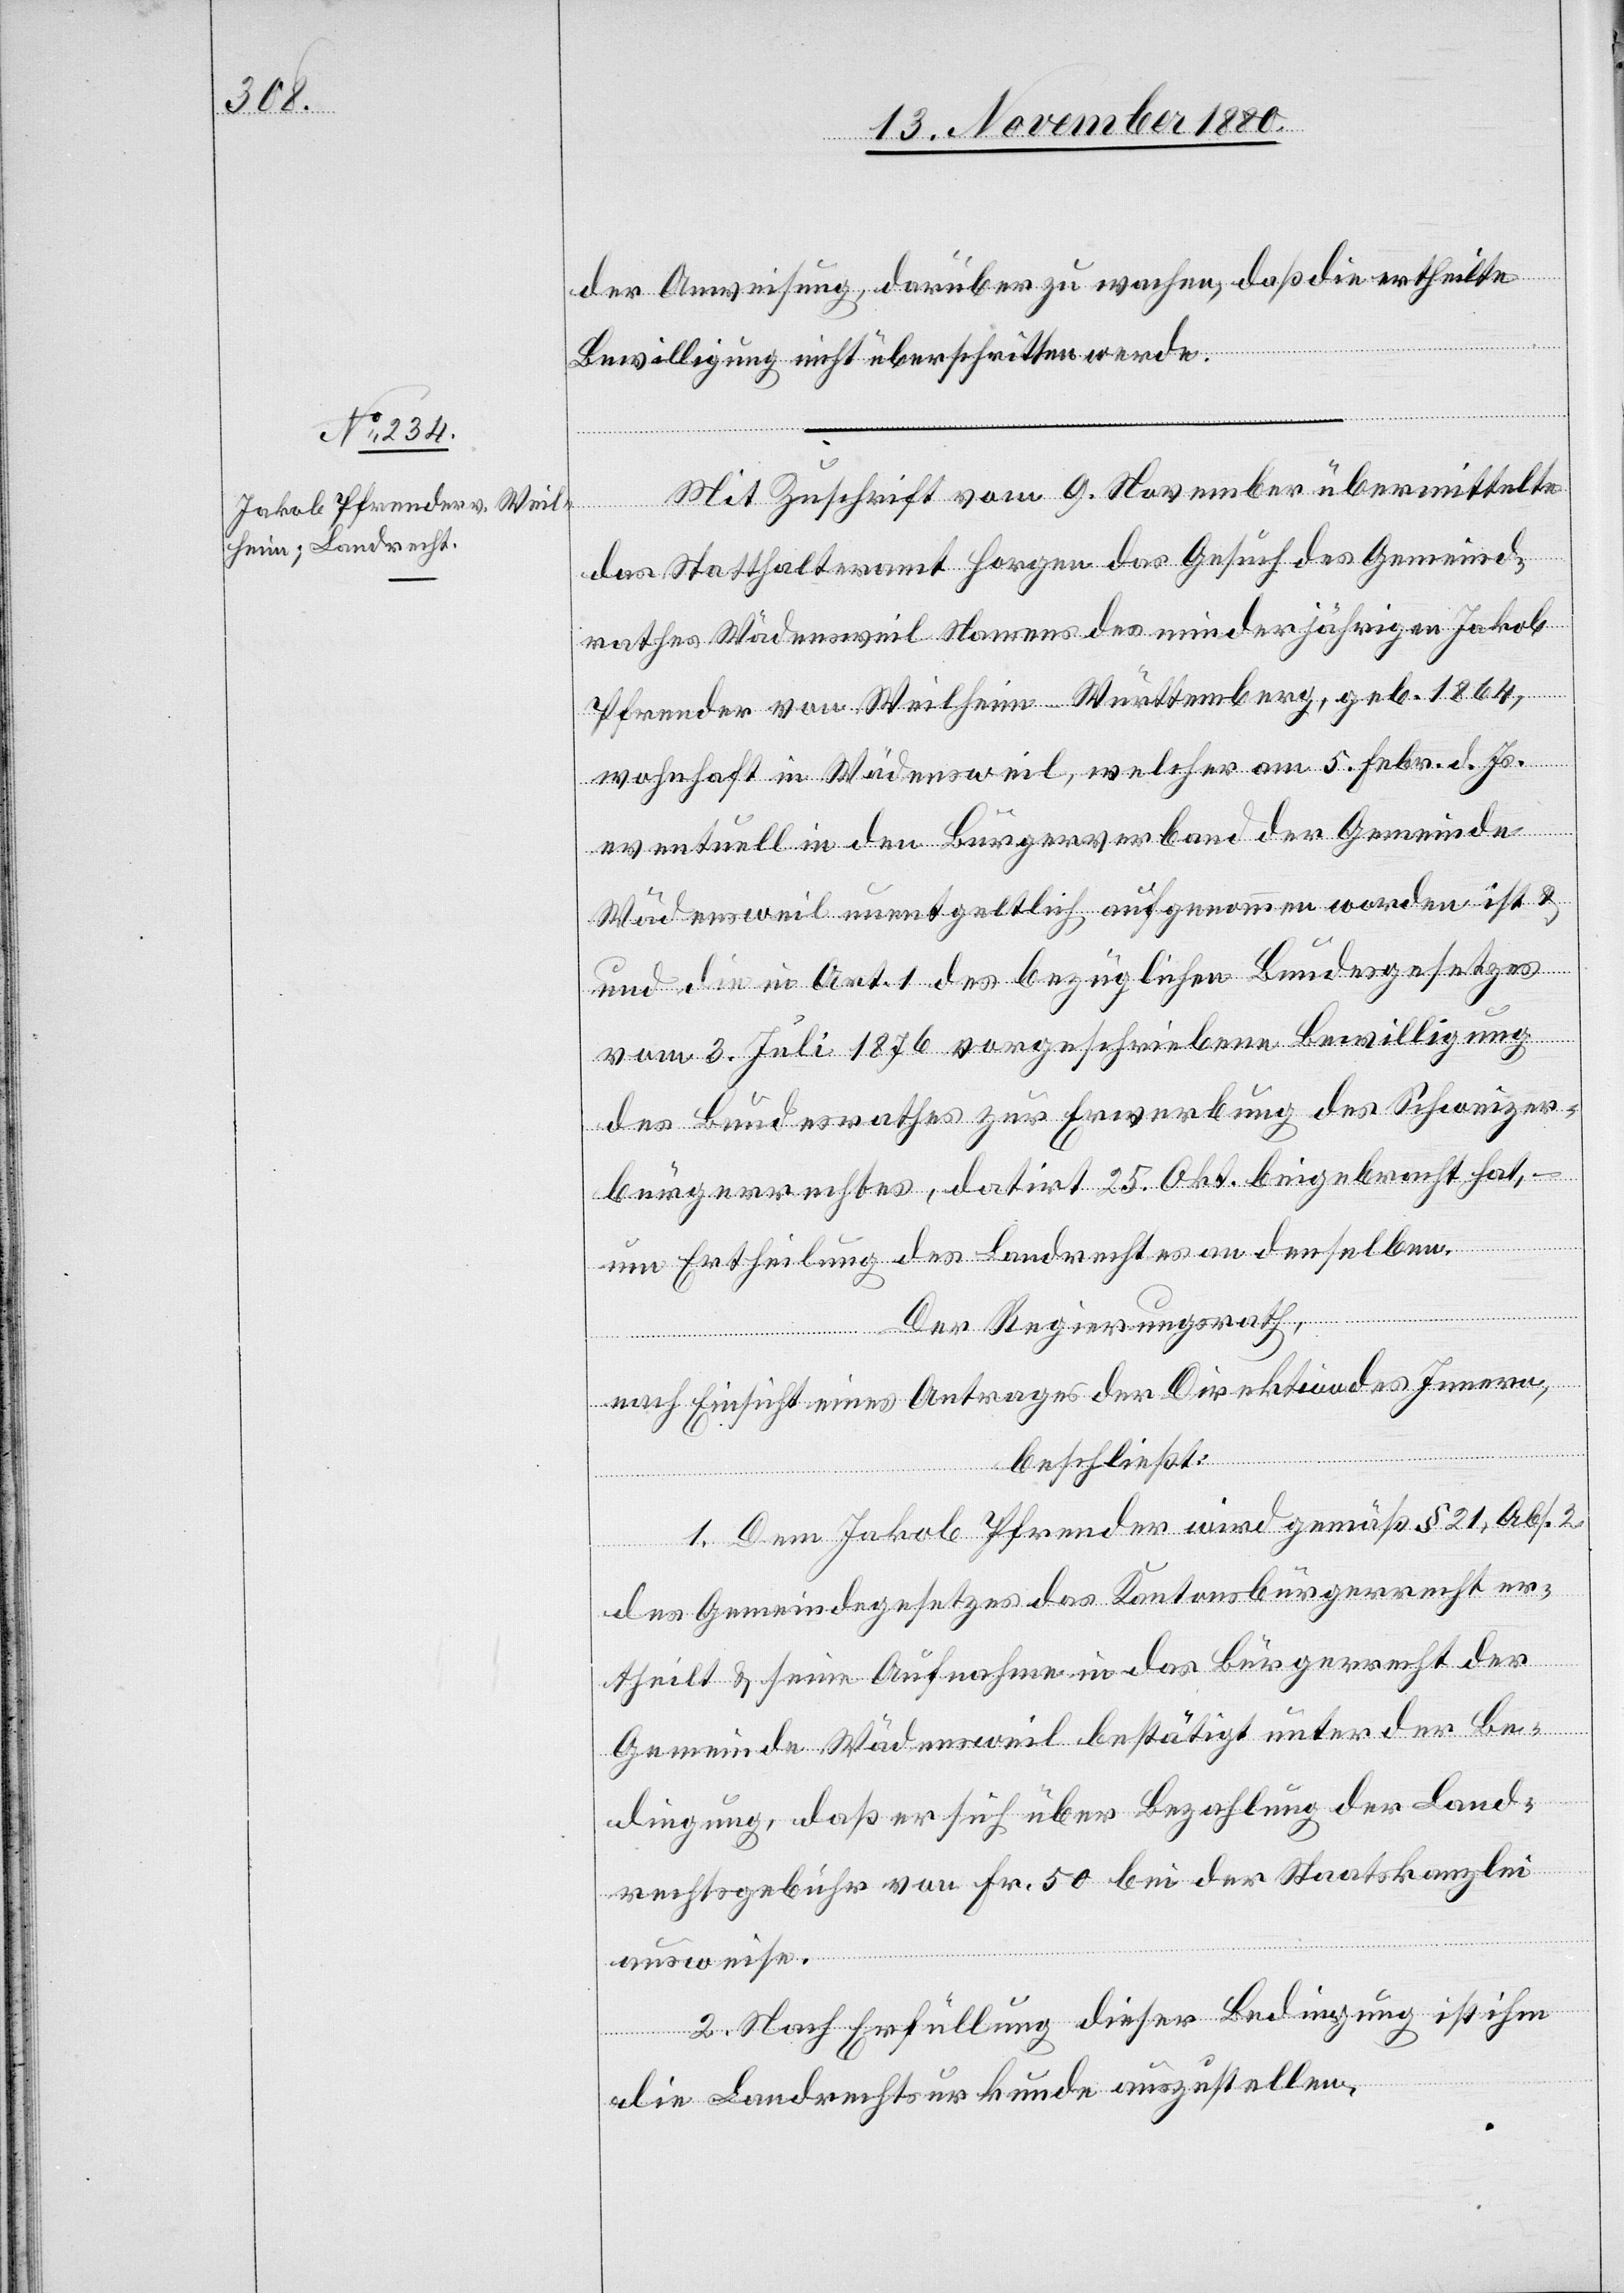
der Anweisung darüber zu wachen, daß die ertheilte
Bewilligung nicht überschritten werde.
Mit Zuschrift vom 9. November übermittelte
das Statthalteramt Horgen das Gesuch des Gemeind¬
rathes Wädensweil Namens des minderjährigen Jakob
Pfrender von Weilheim - Württemberg, geb. 1864,
wohnhaft in Wädensweil, welcher am 5. Febr. d. Js.
eventuell in den Bürgerverband der Gemeinde
Wädensweil unentgeltlich aufgenommen worden ist &
die in Art. 1 des bezüglichen Bundesgesetzes
vom 3. Juli 1876 vorgeschriebene Bewilligung
des Bundesrathes zur Erwerbung des Schweizer¬
bürgerrechtes, datirt 25. Okt. beigebracht hat,
um Ertheilung des Landrechtes an denselben.
und
Der Regierungsrath,
nach Einsicht eines Antrages der Direktion des Innern,
beschließt:
1. Dem Jakob Pfrender wird gemäß § 21, Abs. 2
des Gemeindegesetzes das Kantonsbürgerrecht er¬
theilt & seine Aufnahme in das Bürgerrecht der
Gemeinde Wädensweil bestätigt unter der Be¬
dingung, daß er sich über Bezahlung der Land¬
rechtsgebühr von Fr. 50 bei der Staatskanzlei
ausweise.
2. Nach Erfüllung dieser Bedingung ist ihm
die Landrechtsurkunde auszustellen.